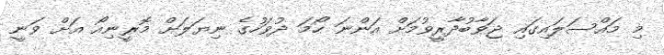
މި މައްސަލައިގައި ޖަވާބުދާރީވުމަށް އަންނަ ހޯމަ ދުވަހުގެ ނިޔަލަށް މޮރީނިއޯ އަށް ވަނީ